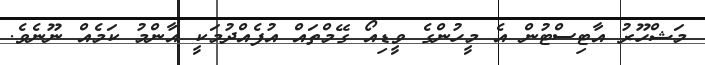
މަޝްހޫރު އާޓިސްޓުން އެ މީހުންގެ ވީޑިއޯ ގޭމްތައް އުފެއްދުމަކީ އާންމު ކަމެއް ނޫނެވެ.